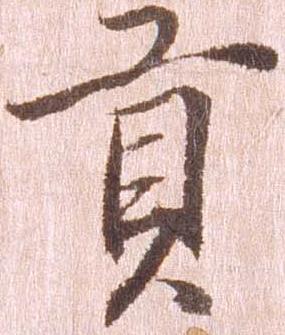
貢